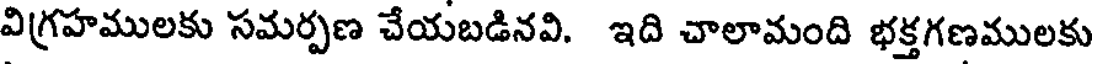
విగ్రహములకు సమర్పణ చేయబడినవి. ఇది చాలామంది భక్తగణములకు